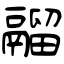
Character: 鬸